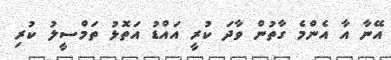
އޭނާ އާ އެންމެ ގާތުން ވާދަ ކުރީ އައްޑު އަތޮޅު ތަމްސީލު ކުރި